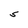
Character: S